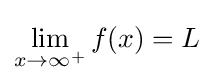
\lim _{x\to \infty ^{+}}{f(x)}=L